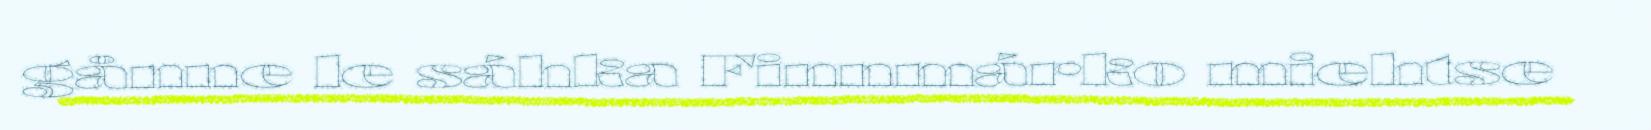
gånne le sáhka Finnmárko miehtse